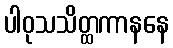
ပါဝုသသိတ္ထကာနနေ